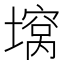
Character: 𫮪